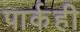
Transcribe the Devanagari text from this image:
पार्कही